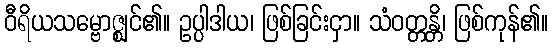
ဝီရိယသမ္ဗောဇ္ဈင်၏။ ဥပ္ပါဒါယ၊ ဖြစ်ခြင်းငှာ။ သံဝတ္တန္တိ၊ ဖြစ်ကုန်၏။